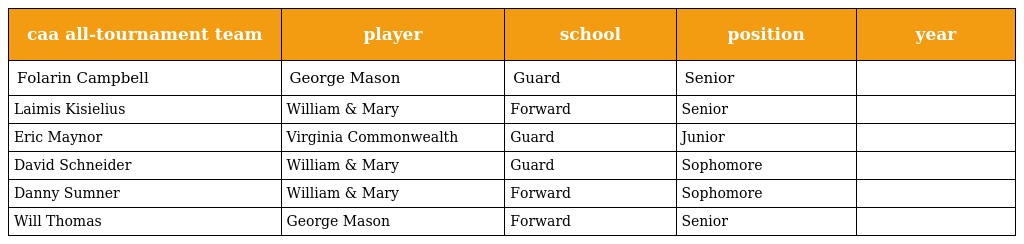
| caa all-tournament team | player | school | position | year |
 | --- | --- | --- | --- | --- |
 | Folarin Campbell | George Mason | Guard | Senior |  |
 | Laimis Kisielius | William & Mary | Forward | Senior |  |
 | Eric Maynor | Virginia Commonwealth | Guard | Junior |  |
 | David Schneider | William & Mary | Guard | Sophomore |  |
 | Danny Sumner | William & Mary | Forward | Sophomore |  |
 | Will Thomas | George Mason | Forward | Senior |  |